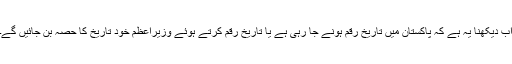
اب دیکھنا یہ ہے کہ پاکستان میں تاریخ رقم ہونے جا رہی ہے یا تاریخ رقم کرتے ہوئے وزیراعظم خود تاریخ کا حصہ بن جائیں گے۔